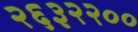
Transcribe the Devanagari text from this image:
२६३२२००